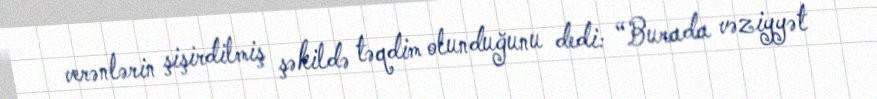
verənlərin şişirdilmiş şəkildə təqdim olunduğunu dedi: “Burada vəziyyət